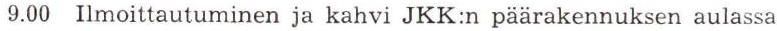
9.00 Ilmoittautuminen ja kahvi JKK:n päärakennuksen aulassa